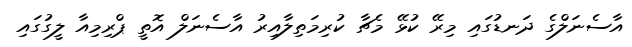
އާސެނަލްގެ ދަނޑުގައި މިރޭ ކުޅޭ މެޗާ ކުރިމަތިލާއިރު އާސެނަލް އޮތީ ޕްރިމިއާ ލީގުގައި